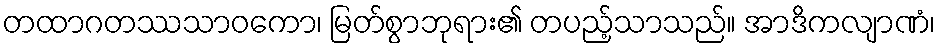
တထာဂတဿသာဝကော၊ မြတ်စွာဘုရား၏ တပည့်သာသည်။ အာဒိကလျာဏံ၊